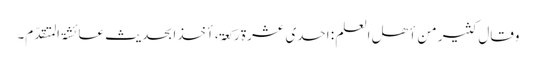
وقال کثیر من أھل العلم : احدی عشرۃ رکعۃ ، أخذا بحدیث عائشۃ المتقدّم۔